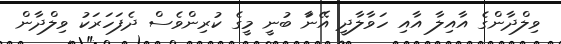
ވިލްދާންގެ އާއިލާ އާއި ހަވާލާދީ އޭނާަ ބުނީ މީގެ ކުރިންވެސް ދެފަހަރަކު ވިލްދާން